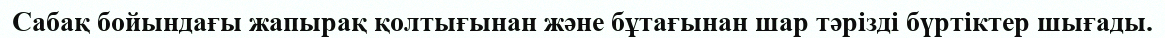
Сабақ бойындағы жапырақ қолтығынан және бұтағынан шар тәрізді бүртіктер шығады.